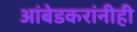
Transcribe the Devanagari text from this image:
आंबेडकरांनीही